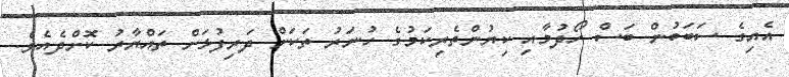
އެއިގެ ސަބަބުން ބަސް ހޯދުމާއި ކިޔުންތެރިކަމުގެ ހުނަރު ތަކަށް ދަރިފުޅަށް ތައްޔާރު ކޮށްދެއެވެ.